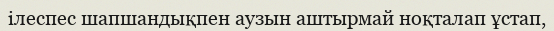
ілеспес шапшандықпен аузын аштырмай ноқталап ұстап,